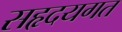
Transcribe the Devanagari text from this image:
सहृदयगत